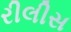
રીલીસ